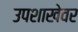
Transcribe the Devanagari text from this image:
उपशाखेवर